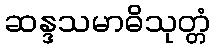
ဆန္ဒသမာဓိသုတ္တံ